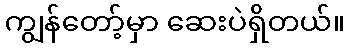
ကျွန်တော့်မှာ ဆေးပဲရှိတယ်။